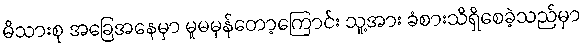
မိသားစု အခြေအနေမှာ မူမမှန်တော့ကြောင်း သူ့အား ခံစားသိရှိစေခဲ့သည်မှာ